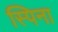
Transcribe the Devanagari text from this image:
स्पिना